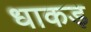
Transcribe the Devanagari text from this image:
धाकड़